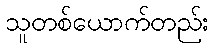
သူတစ်ယောက်တည်း